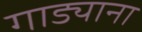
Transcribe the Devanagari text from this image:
गाड्याना